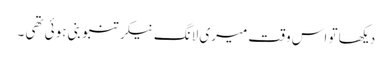
دیکھا تو اس وقت میری لانگ نیکر تنبو بنی ہوئی تھی ۔